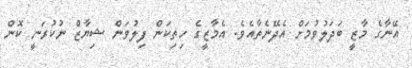
އޭނާގެ މާޒީ ބަދަލުވުމަށް އެދޭނެތާއެވެ. އެމާޒީގެ ހިތިކަން ފިލުވަން ޝިޔާޒް ނުކުރަނީ ކޮން